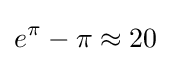
e^{\pi }-\pi \approx 20